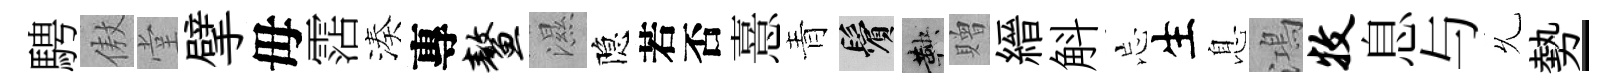
騁傲堂擘毋霑湊專鳌濕隐若否憙青鬢鞅贈縉斛忘生息鴻牧息与𠃔勢-